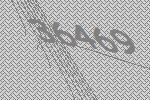
36469